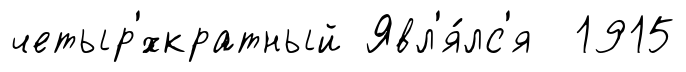
четыр'́хкратный Явл'я́лс'я 1915